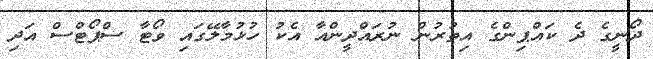
ދޯނީގެ ދެ ކައްޕިންގެ އިތުރުން ނުރައްދީންއާ އެކު ހުޅުމާލޭގައި ވޯޓާ ސްޕޯޓްސް އަދި